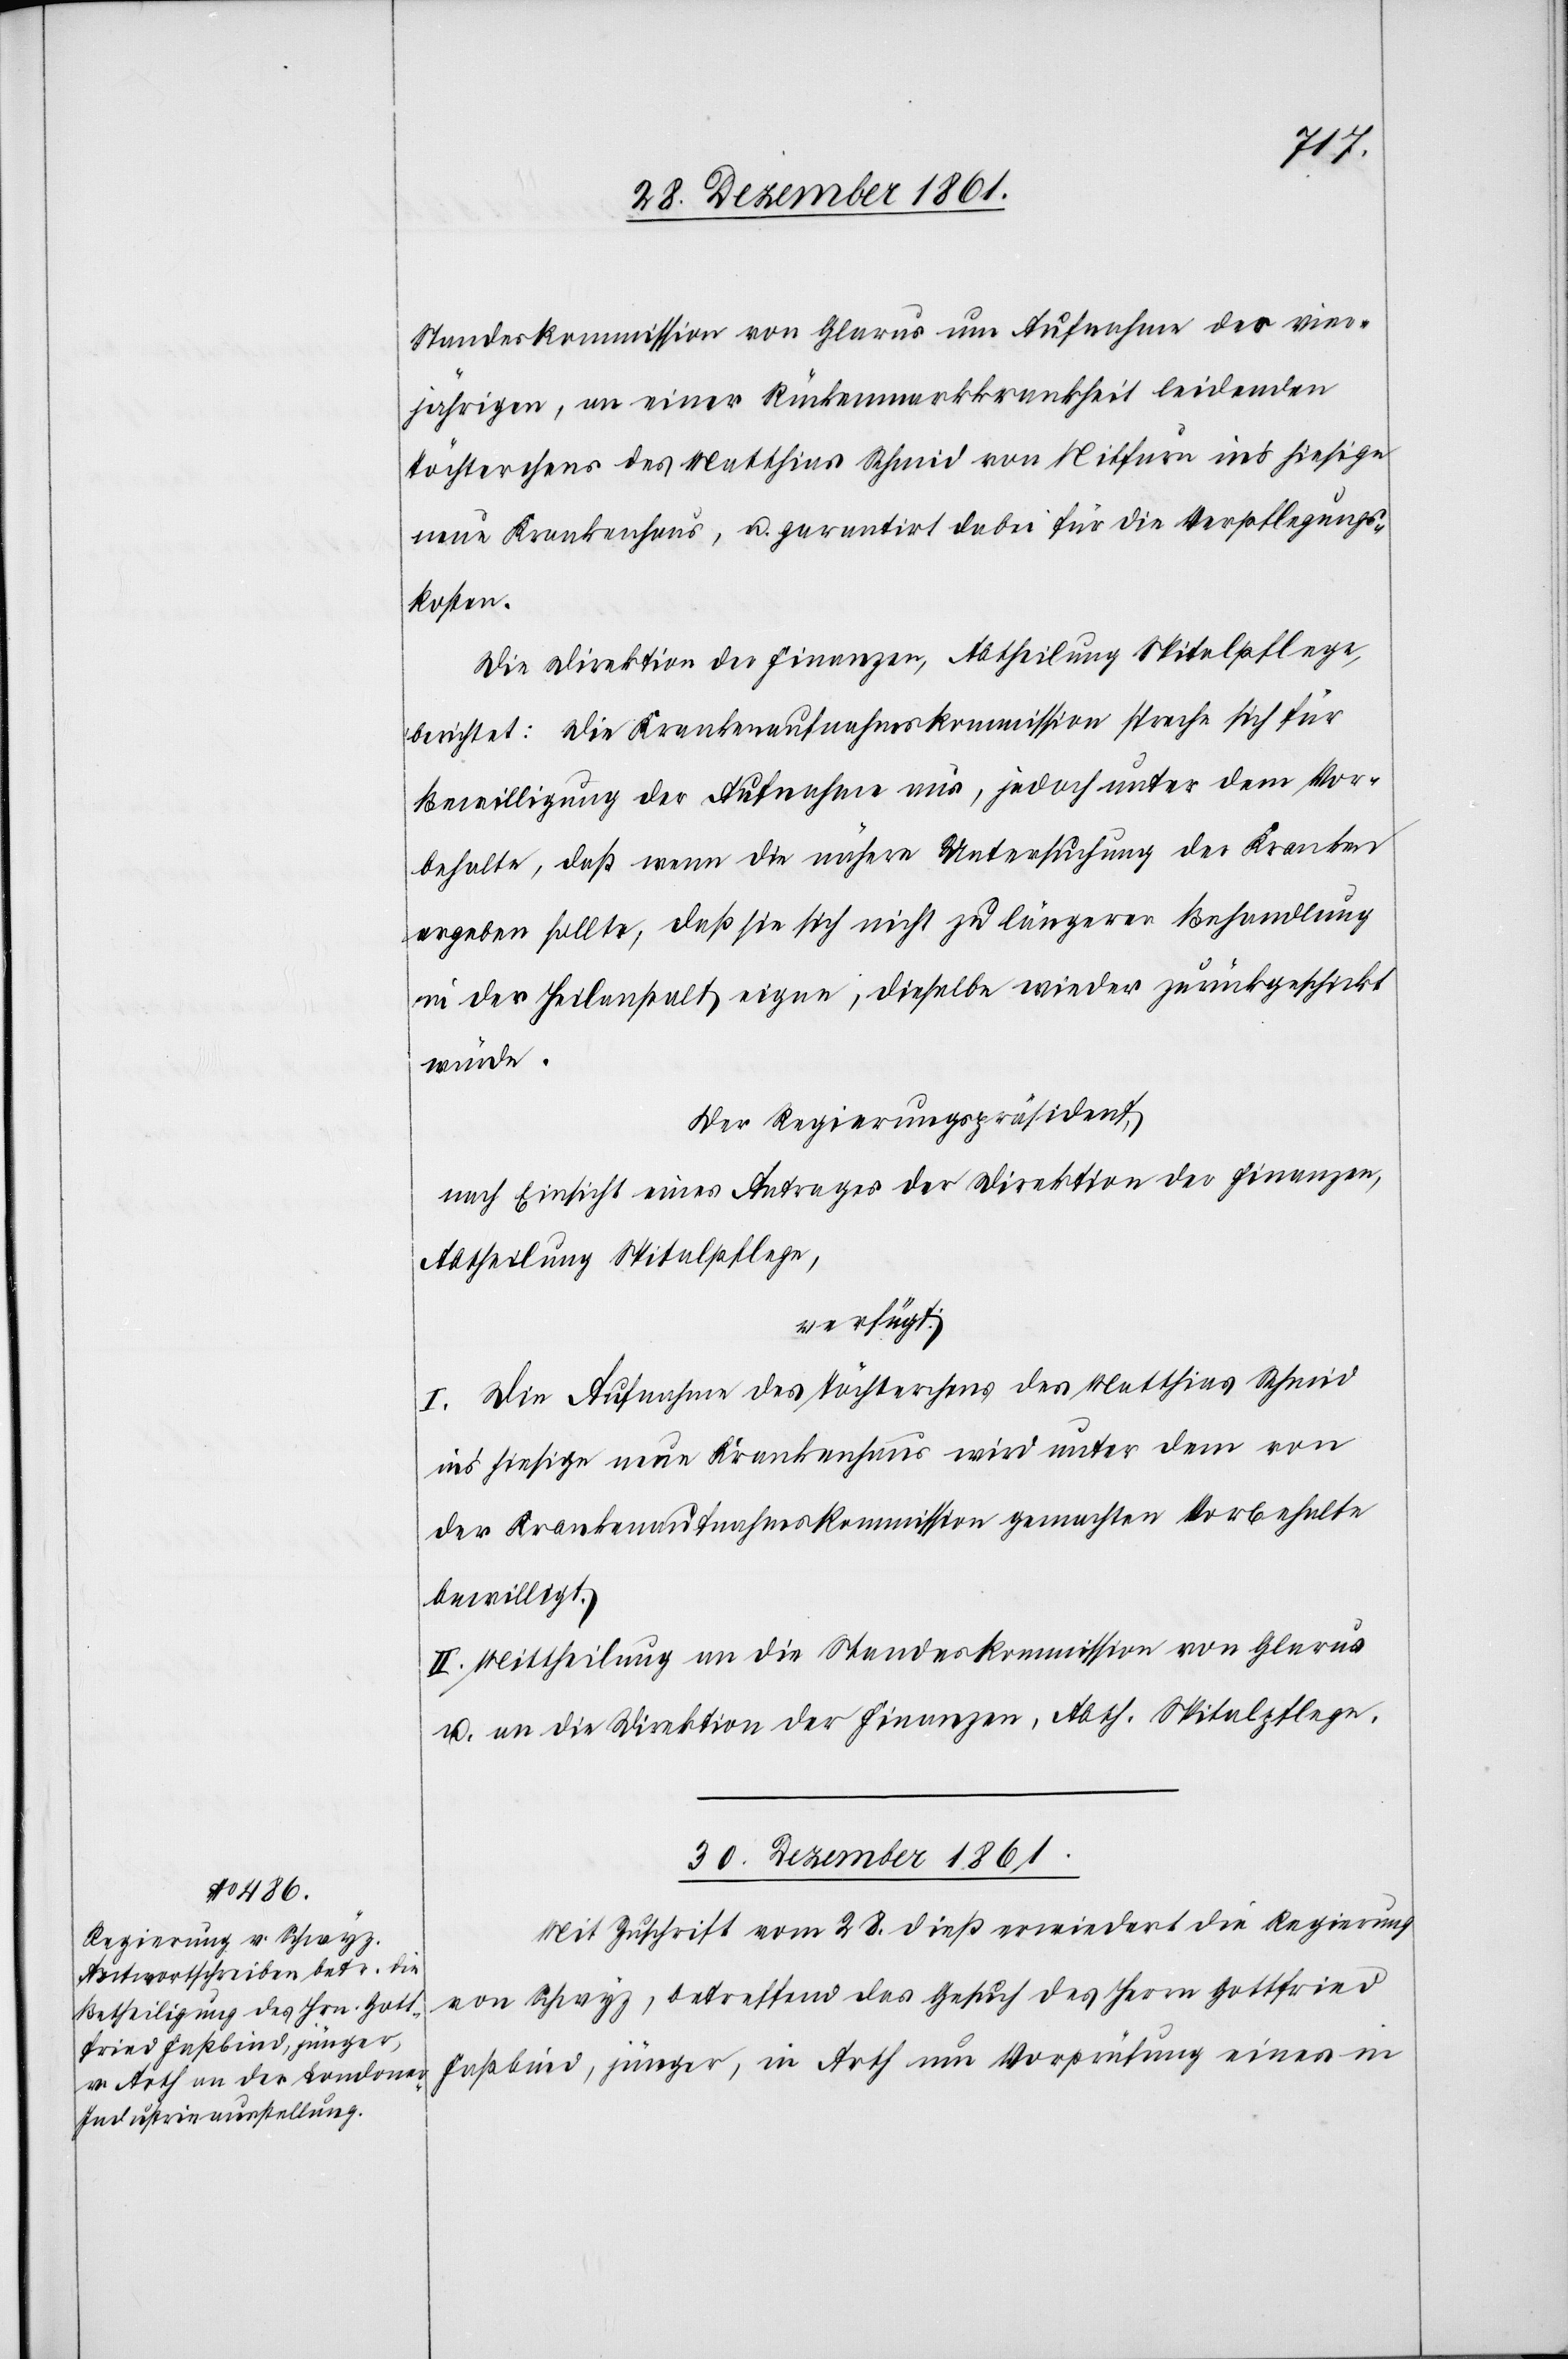
Standeskommission von Glarus um Aufnahme der vier¬
jährigen, an einer Rückenmarkkrankheit leidenden
Töchterchens des Matthias Schmid von Nitfurn in’s hiesige
neue Krankenhaus, u. garantirt dabei für die Verpflegungs¬
kosten.
Die Direktion der Finanzen, Abtheilung Spitalpflege,
berichtet: Die Krankenaufnahmskommission spreche sich für
Bewilligung der Aufnahme aus, jedoch unter dem Vor¬
behalte, daß wenn die nähere Untersuchung der Kranken
ergeben sollte, daß sie sich nicht zu längerer Behandlung
in der Heilanstalt eigne, dieselbe wieder zurückgeschickt
würde.
Der Regierungspräsident,
nach Einsicht eines Antrages der Direktion der Finanzen,
Abtheilung Spitalpflege,
verfügt:
I. Die Aufnahme des Töchterchens des Matthias Schmid
in’s hiesige neue Krankenhaus wird unter dem von
der Krankenaufnahmskommission gemachten Vorbehalte
bewilligt.
II. Mittheilung an die Standeskommission von Glarus
u. an die Direktion der Finanzen, Abth. Spitalpflege.
30 Dezember 1861.
Mit Zuschrift vom 28 dieß erwiedert die Regierung
von Schwyz, betreffend das Gesuch des Herrn Gottfried
Faßbind, jünger, in Arth um Vorprüfung eines in